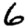
Digit: 6